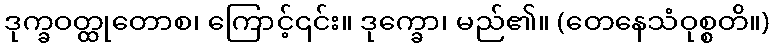
ဒုက္ခဝတ္ထုတောစ၊ ကြောင့်၎င်း။ ဒုက္ခော၊ မည်၏။ (တေနေသံဝုစ္စတိ။)